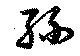
絲